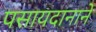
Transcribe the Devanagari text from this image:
पसायदानाने